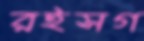
রইসগ